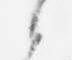
候